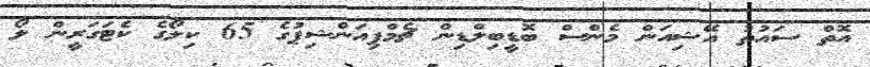
އޮތް ސައުތު އޭޝިއަން މެންސް ބޮޑީބިލްޑިން ޗެމްޕިއަންޝިޕުގެ 65 ކިލޯގެ ކެޓަގަރީން ލޯ